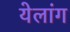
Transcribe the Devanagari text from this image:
येलांग